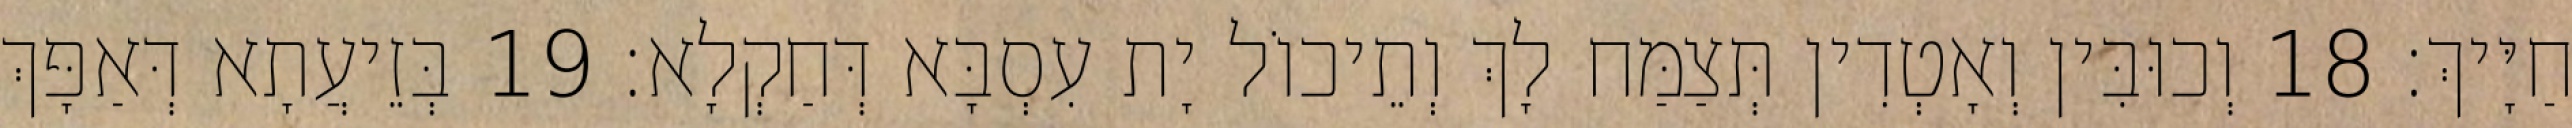
חַיָּיךְ׃ 18 וְכוּבִּין וְאָטְדִין תְּצַמַּח לָךְ וְתֵיכוֹל יָת עִסְבָּא דְּחַקְלָא׃ 19 בְּזֵיעֲתָא דְּאַפָּךְ